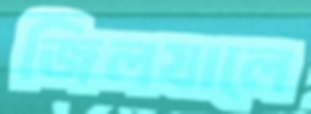
জিলযালে